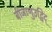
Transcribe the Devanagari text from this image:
बीजाणुउद्भिद्